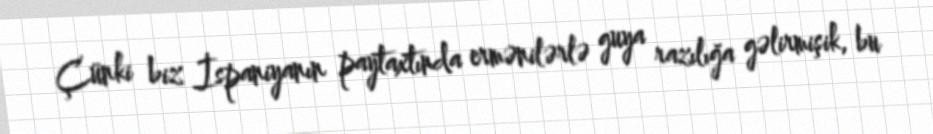
Çünki biz İspaniyanın paytaxtında ermənilərlə guya razılığa gəlirmişik, bu